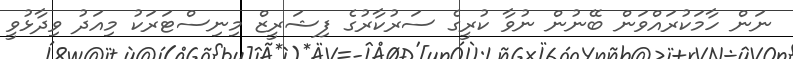
ނަން ހާމަކުރައްވަން ބޭނުން ނުވާ ކުރީގެ ސަރުކާރުގެ ފިޝަރީޒް މިނިސްޓަރަކު މިއަދު ވިދާޅުވީ